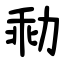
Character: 㔞